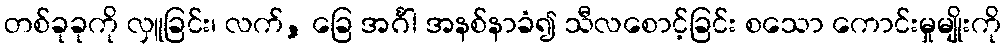
တစ်ခုခုကို လှူခြင်း၊ လက်, ခြေ အင်္ဂါ အနစ်နာခံ၍ သီလစောင့်ခြင်း စသော ကောင်းမှုမျိုးကို